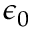
\epsilon _ { 0 }